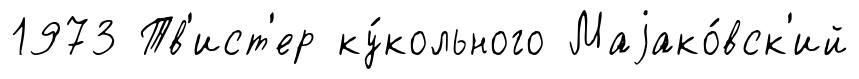
1973 Тв'ист'ер ку́кольного Маjако́вск'ий